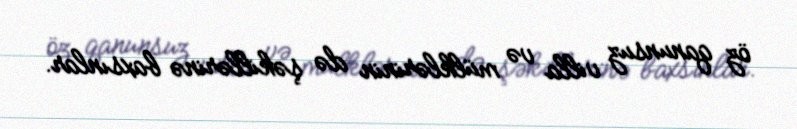
öz qanunsuz villa və mülklərinin də şəkillərinə baxsınlar.